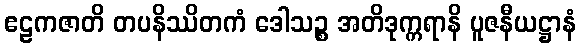
ဧဠကဇာတိ တပနိဿိတကံ ဒေါသဉ္စ အတိဒုက္ကရာနိ ပူဇနီယဋ္ဌာနံ